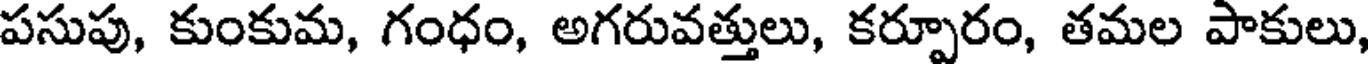
పసుపు, కుంకుమ, గంధం, అగరువత్తులు, కర్పూరం, తమల పాకులు,